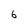
Character: 6